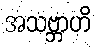
အသဗ္ဘာဟိ